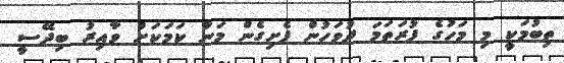
ތިބުމަކީ މި މަހުގެ ފުރަތަމަ ދުވަހުން ފެށިގެން މަނާ ކަމަކަށް ވާއިރު ބިދޭސީ